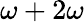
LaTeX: \omega+2\omega